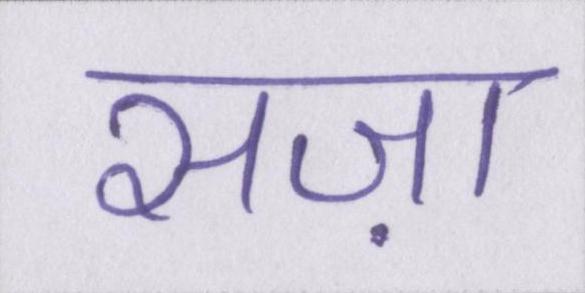
सज़ा